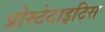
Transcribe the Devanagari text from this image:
प्रोस्टेटाइटिस